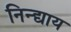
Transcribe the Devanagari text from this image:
निन्द्याय